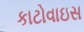
કાટોવાઇસ